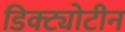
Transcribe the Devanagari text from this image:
डिक्ट्योटीन